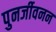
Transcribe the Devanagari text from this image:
पुनर्जीवनन